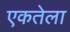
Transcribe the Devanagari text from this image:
एकतेला